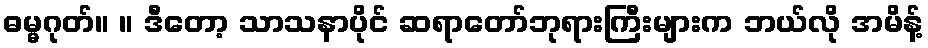
ဓမ္မဂုတ်။ ။ ဒီတော့ သာသနာပိုင် ဆရာတော်ဘုရားကြီးများက ဘယ်လို အမိန့်